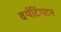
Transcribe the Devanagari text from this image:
वर्थटिंगटन